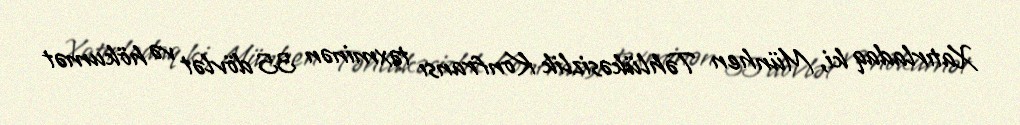
Xatırladaq ki, Münhen Təhlükəsizlik Konfransı təxminən 35 dövlət və hökumət